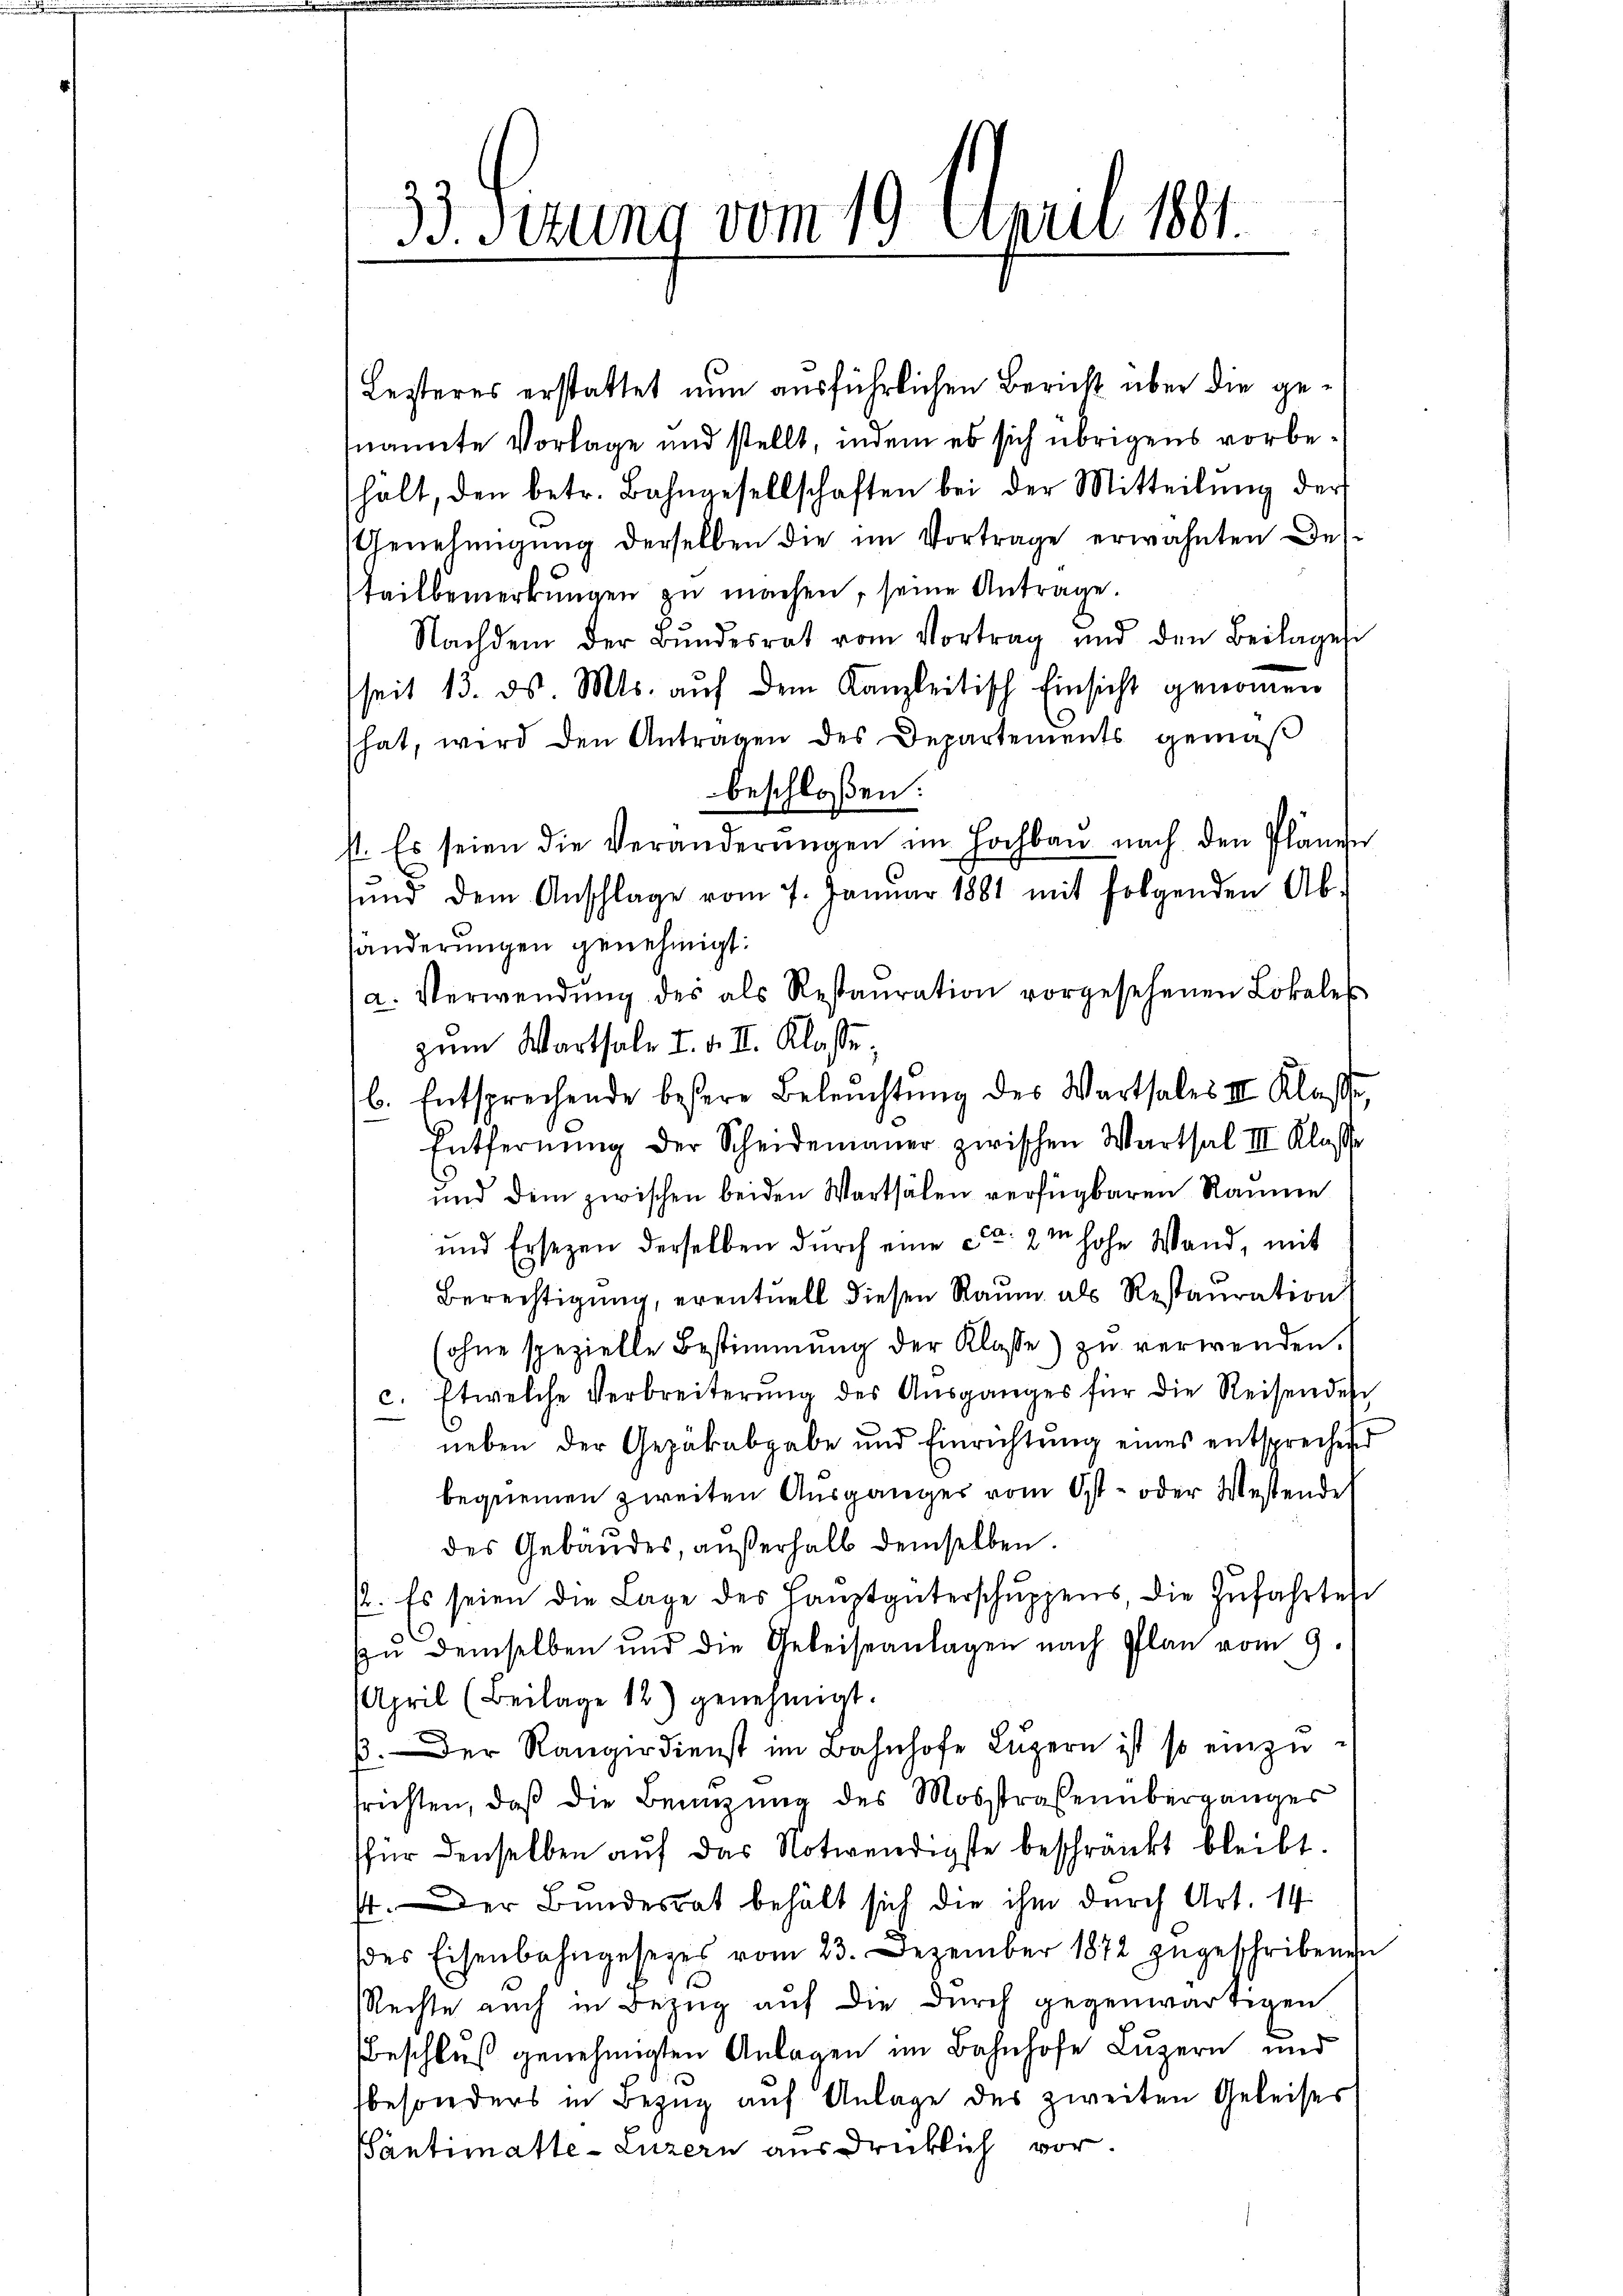
33. Ferung vom 19. April 1891.

Lesteres erstattet nun ausführlichen Bericht über die genannte Vorlage und stellt, indem es sich übrigens vorbehält, den betr. Bahngesellschaften bei der Mitteilŭng der
Genehmigŭng derselben die im Vortrage erwähnten Des-
tailbemerkŭngen zu machen, seine Antrage.
Nachdem der Bŭndesrat vom Vortrag und den Beilagen
seit 13. ds. Mts. aŭf dem Kanzleitisch Einsicht genommen
(hat, wird den Antragen des Departements gemäβ
beschloßen:
st. Es seien die Veränderŭngen im Hochbau nach den Plänen
ŭnd dem Anschlage vom 7. Januar 1881 mit folgenden Ab-
händerungen genehmigt:
a. Verwendŭng des als Restaŭration vorgesehenen Lokales
zum Warthale I. d. I. Klasse,
b. Entsprechende besere Beleuchtung des Warthales II Klasse,
Entfernŭng der Scheidemauer zwischen Warthal III. Klasse
und dem zwischen beiden Wartsälen verfügbaren Räume
und Ersezen derselben durch eine ca 2m hohe Wand, mit
Berechtigung, eventuell diesen Raum als Restauration
sohne spezielle Bestimmung der Klasse) zŭ verwenden.
c. Etwelche Verbreiterŭng des Aŭsganges für die Reisendes
neben der Gezäkabgabe und Einrichtŭng eines entsprechend
bequemen zweiten Ausgänger vom Ost- oder Westende
des Gebäudes, außerhalb demselben.
p. Es seien die Lage des Haŭptgüterschŭppens die Zŭfahrtes
¬
In demselben und die Geleiseanlagen nach Plan vom 9.
April (Beilage 18) genehmigt.
. Der Rangerdienst im Bahnhofe Lŭzern ist so einzufrichten, daβ die Benüzŭng des Mosstraßenüberganges
sfür denselben auf das Notwendigste beschränkt bleibt.
4. Der Bundesrat behält sich die ihm durch Art. 14
des Eisenbahngesezes vom 23. Dezember 1872 zugeschribenen
Rechte auch in Bezug auf die durch gegenwärtigen.
Beschluß genehmigten Anlagen im Bahnhofe Luzern und
sbesonders in Bezug auf Anlage des zweiten Geleises
Santimatte-Luzern ausdrücklich vor